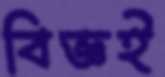
বিজ্ঞই